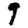
Digit: 9